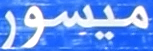
ميسور